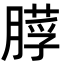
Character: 𦟵